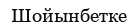
Шойынбетке